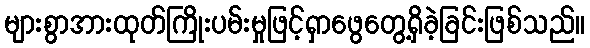
များစွာအားထုတ်ကြိုးပမ်းမှုဖြင့်ရှာဖွေတွေ့ရှိခဲ့ခြင်းဖြစ်သည်။